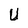
Character: U